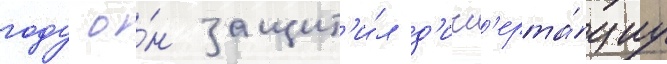
году о́н защит'и́л д'исс'ерта́циу